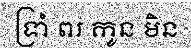
ទ្រាំ ពរ កូន មិន